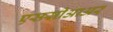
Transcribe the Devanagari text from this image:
एससीआअर